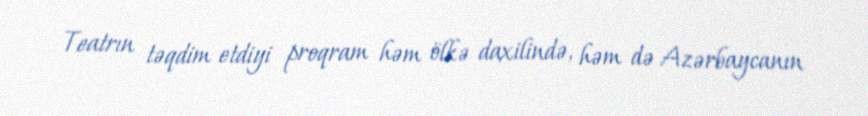
Teatrın təqdim etdiyi proqram həm ölkə daxilində, həm də Azərbaycanın